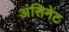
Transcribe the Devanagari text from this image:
अंसिनेट